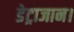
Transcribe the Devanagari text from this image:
डेट्राजान।